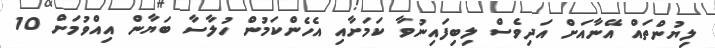
ލިޔުންތައް އޭނާއަށް އަދިވެސް ލިބިފައިނުވާ ކަމަށާއި އެހެންކަމުން ހުލާސާ ބަޔާން އިއްވުމަށް 10